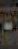
-